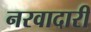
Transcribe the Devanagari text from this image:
नरवादारी